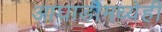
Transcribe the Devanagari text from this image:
आघाडीमध्येही